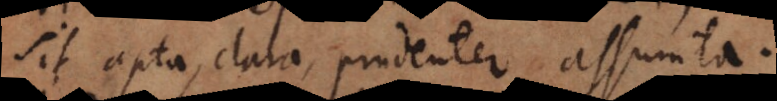
sit apta, clara, prudenter assumta.